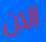
الان